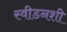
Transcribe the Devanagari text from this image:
स्वीडनशी